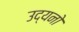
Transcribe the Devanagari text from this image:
उद्यनो